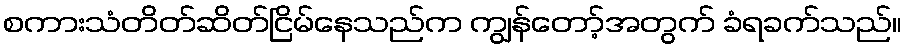
စကားသံတိတ်ဆိတ်ငြိမ်နေသည်က ကျွန်တော့်အတွက် ခံရခက်သည်။